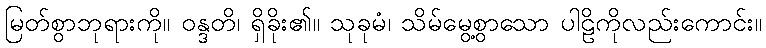
မြတ်စွာဘုရားကို။ ဝန္ဒတိ၊ ရှိခိုး၏။ သုခုမံ၊ သိမ်မွေ့စွာသော ပါဠိကိုလည်းကောင်း။